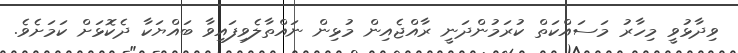
ވިދާޅުވީ މިހާރު މަސައްކަތް ކުރަމުންދަނީ ރާއްޖެއިން މުޅިން ނައްތާލެވިފައިވާ ބައްޔަކާ ދެކޮޅަށް ކަމަށެވެ.